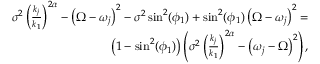
\begin{array} { r } { \sigma ^ { 2 } \left( \frac { k _ { j } } { k _ { 1 } } \right) ^ { 2 \alpha } - \left( \Omega - \omega _ { j } \right) ^ { 2 } - \sigma ^ { 2 } \sin ^ { 2 } ( \phi _ { 1 } ) + \sin ^ { 2 } ( \phi _ { 1 } ) \left( \Omega - \omega _ { j } \right) ^ { 2 } = } \\ { \left( 1 - \sin ^ { 2 } ( \phi _ { 1 } ) \right) \left( \sigma ^ { 2 } \left( \frac { k _ { j } } { k _ { 1 } } \right) ^ { 2 \alpha } - \left( \omega _ { j } - \Omega \right) ^ { 2 } \right) , } \end{array}